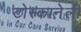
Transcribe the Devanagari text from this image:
टोस्कानेली